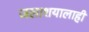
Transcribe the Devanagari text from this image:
जलाशयालाही